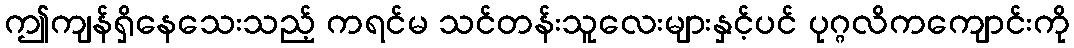
ဤကျန်ရှိနေသေးသည့် ကရင်မ သင်တန်းသူလေးများနှင့်ပင် ပုဂ္ဂလိကကျောင်းကို